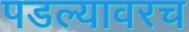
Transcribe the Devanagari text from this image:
पडल्यावरच